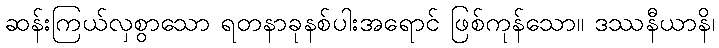
ဆန်းကြယ်လှစွာသော ရတနာခုနစ်ပါးအရောင် ဖြစ်ကုန်သော။ ဒဿနီယာနိ၊